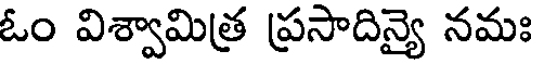
ఓం విశ్వామిత్ర ప్రసాదిన్యై నమః